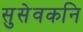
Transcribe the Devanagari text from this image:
सुसेवकनि